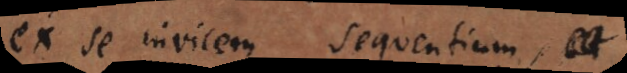
ex se invicem sequentium, et